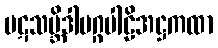
ပဋသမ္ဘိဒါမဂ္ဂပါဠိအဋ္ဌကထာ